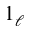
1 _ { \ell }